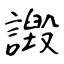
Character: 譭